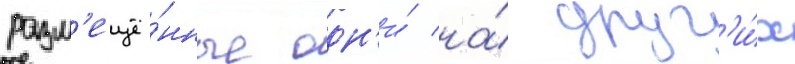
разм'ещё́нные одн'и́ на́ друг'и́х